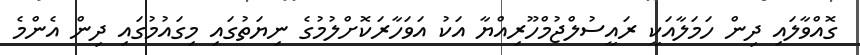
ގޮއްވާލައި ދިން ހަމަލާއަކީ ރައީސުލްޖުމްހޫރިއްޔާ އަކު އަވަހާރަކޮށްލުމުގެ ނިޔަތުގައި މިގައުމުގައި ދިން އެންމެ